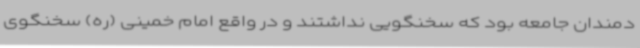
دمندان جامعه بود که سخنگویی نداشتند و در واقع امام خمینی (ره) سخنگوی